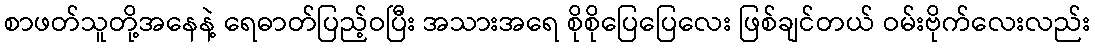
စာဖတ်သူတို့အနေနဲ့ ရေဓာတ်ပြည့်ဝပြီး အသားအရေ စိုစိုပြေပြေလေး ဖြစ်ချင်တယ် ဝမ်းဗိုက်လေးလည်း